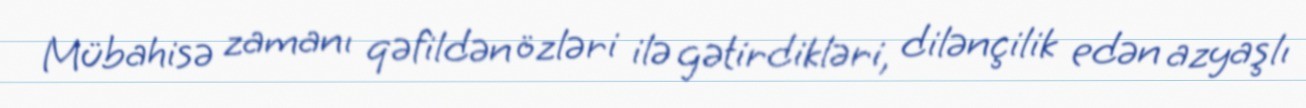
Mübahisə zamanı qəfildən özləri ilə gətirdikləri, dilənçilik edən azyaşlı